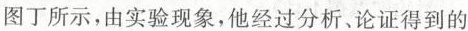
图丁所示，由实验现象，他经过分析、论证得到的